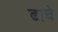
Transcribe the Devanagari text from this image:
ढाचे